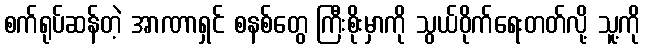
စက်ရုပ်ဆန်တဲ့ အာဏာရှင် စနစ်တွေ ကြီးစိုးမှာကို သွယ်ဝိုက်ရေးတတ်လို့ သူ့ကို